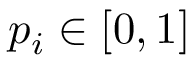
p _ { i } \in [ 0 , 1 ]